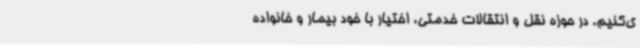
ی‌کنیم. در حوزه نقل و انتقالات خدمتی، اختیار با خود بیمار و خانواده